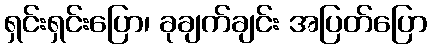
ရှင်းရှင်းပြော၊ ခုချက်ချင်း အပြတ်ပြော